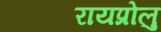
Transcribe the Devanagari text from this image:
रायप्रोलु